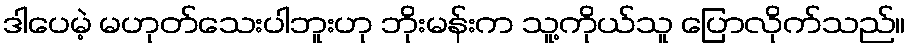
ဒါပေမဲ့ မဟုတ်သေးပါဘူးဟု ဘိုးမန်းက သူ့ကိုယ်သူ ပြောလိုက်သည်။